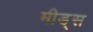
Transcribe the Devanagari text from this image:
मीड्स